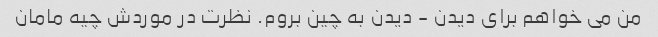
من می خواهم برای دیدن - دیدن به چین بروم. نظرت در موردش چیه مامان